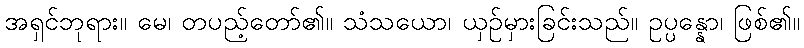
အရှင်ဘုရား။ မေ၊ တပည့်တော်၏။ သံသယော၊ ယှဉ်မှားခြင်းသည်။ ဥပ္ပန္နော၊ ဖြစ်၏။